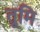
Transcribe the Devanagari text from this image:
तूमि